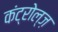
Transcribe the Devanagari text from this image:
कंट्रोल्ज़